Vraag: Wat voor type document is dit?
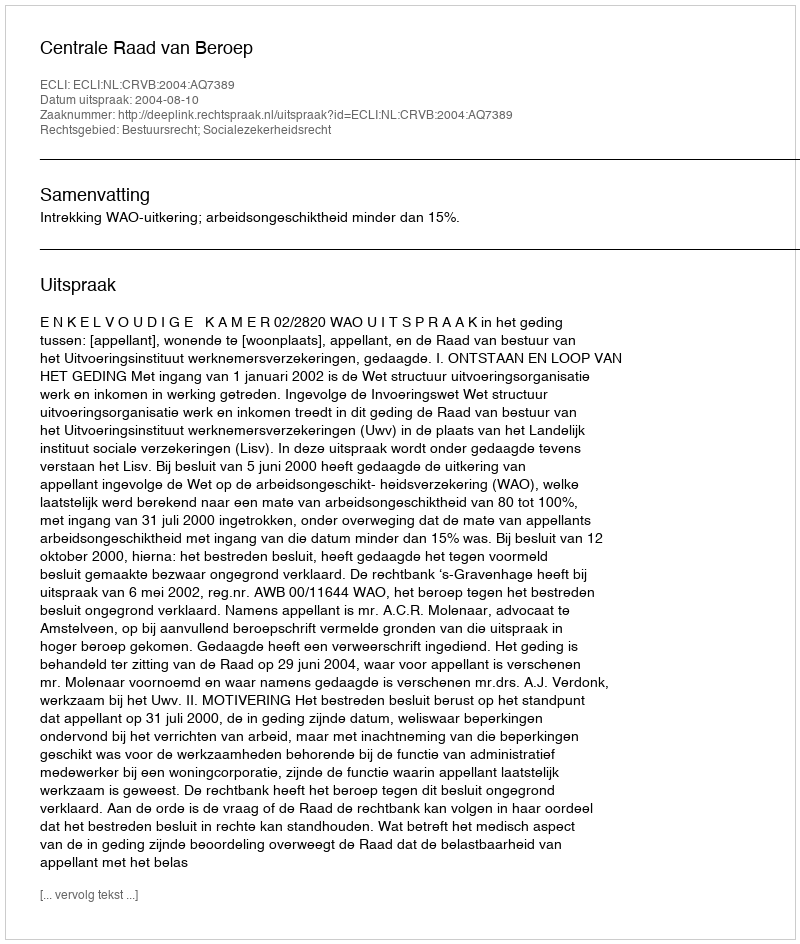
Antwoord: Uitspraak